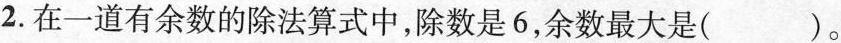
2. 在一道有余数的除法算式中，除数是6，余数最大是( )。